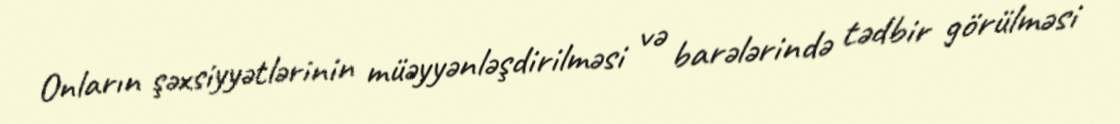
Onların şəxsiyyətlərinin müəyyənləşdirilməsi və barələrində tədbir görülməsi